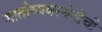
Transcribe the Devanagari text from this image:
जातीव्यवस्थेतीची